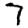
Digit: 7